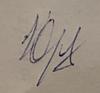
Signature authenticity: forged